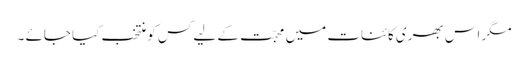
مگر اس بھری کائنات میں محبّت کے لیے کس کو منتخب کیا جائے ۔